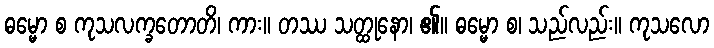
ဓမ္မော စ ကုသလက္ခတောတိ၊ ကား။ တဿ သတ္ထုနော၊ ၏။ ဓမ္မော စ၊ သည်လည်း။ ကုသလော